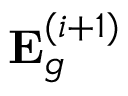
\mathbf { E } _ { g } ^ { ( i + 1 ) }